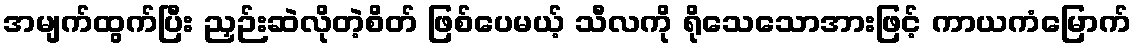
အမျက်ထွက်ပြီး ညှဉ်းဆဲလိုတဲ့စိတ် ဖြစ်ပေမယ့် သီလကို ရိုသေသောအားဖြင့် ကာယကံမြောက်